Civil Veterinary Dept. North-West Frontier Province 1933-46 - 1933-1946
Year: 1933
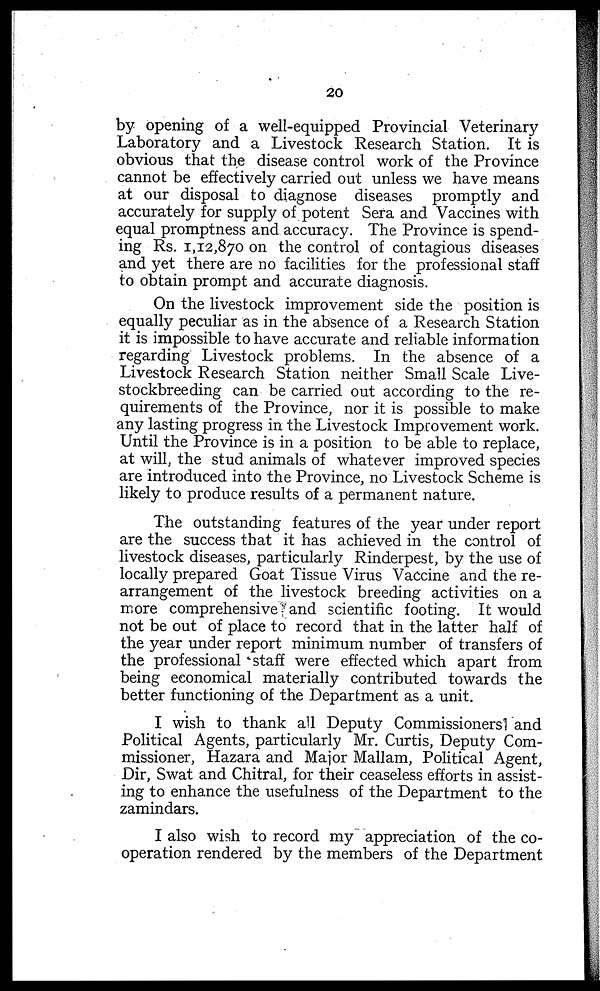
20
by opening of a well-equipped Provincial Veterinary
Laboratory and a Livestock Research Station. It is
obvious that the disease control work of the Province
cannot be effectively carried out unless we have means
at our disposal to diagnose diseases promptly and
accurately for supply of potent Sera and Vaccines with
equal promptness and accuracy. The Province is spend-
ing Rs. 1,12,870 on the control of contagious diseases
and yet there are no facilities for the professional staff
to obtain prompt and accurate diagnosis.
On the livestock improvement side the position is
equally peculiar as in the absence of a Research Station
it is impossible to have accurate and reliable information
regarding Livestock problems. In the absence of a
Livestock Research Station neither Small Scale Live-
stockbreeding can be carried out according to the re-
quirements of the Province, nor it is possible to make
any lasting progress in the Livestock Improvement work.
Until the Province is in a position to be able to replace,
at will, the stud animals of whatever improved species
are introduced into the Province, no Livestock Scheme is
likely to produce results of a permanent nature.
The outstanding features of the year under report
are the success that it has achieved in the control of
livestock diseases, particularly Rinderpest, by the use of
locally prepared Goat Tissue Virus Vaccine and the re-
arrangement of the livestock breeding activities on a
more comprehensive and scientific footing. It would
not be out of place to record that in the latter half of
the year under report minimum number of transfers of
the professional staff were effected which apart from
being economical materially contributed towards the
better functioning of the Department as a unit.
I wish to thank all Deputy Commissioners and
Political Agents, particularly Mr. Curtis, Deputy Com-
missioner, Hazara and Major Mallam, Political Agent,
Dir, Swat and Chitral, for their ceaseless efforts in assist-
ing to enhance the usefulness of the Department to the
zamindars.
I also wish to record my appreciation of the co-
operation rendered by the members of the Department